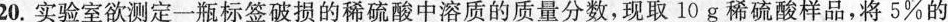
20.实验室欲测定一瓶标签破损的稀硫酸中溶质的质量分数，现取10g稀硫酸样品，将5%的